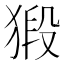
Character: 𭸞